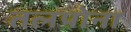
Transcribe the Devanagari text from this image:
तलपोना